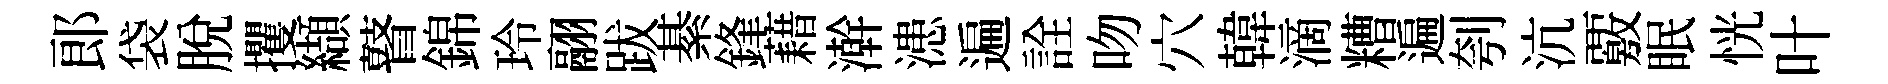
郎袋脫攫纈瞽錦玲翮跋綦鋒藉澣漶遍詮吻穴韓滴糟遍刳沆覈眠恍叶